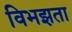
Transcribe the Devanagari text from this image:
विभझता